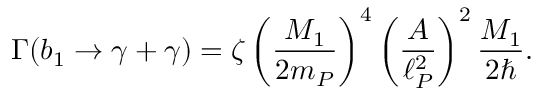
\Gamma ( b _ { 1 } \to \gamma + \gamma ) = \zeta \left( { \frac { M _ { 1 } } { 2 m _ { P } } } \right) ^ { 4 } \left( { \frac { A } { \ell _ { P } ^ { 2 } } } \right) ^ { 2 } { \frac { M _ { 1 } } { 2 \hbar } } .